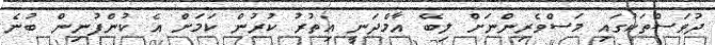
ދުވަސްތަކުގައި މަސްވެރިންނަށް ލިބޭ އާމްދަނީ އިތުރު ކުރުން ކަމަށް އެ ކުންފުނިން ބުނެ